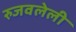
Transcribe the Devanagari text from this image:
रुजवलेली